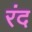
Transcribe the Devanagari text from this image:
रंद